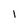
Character: 1